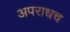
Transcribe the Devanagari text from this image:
अपराधच